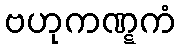
ဗဟုကဏ္ဋကံ